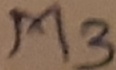
Text: M3